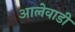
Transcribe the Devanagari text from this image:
आलेवाडी